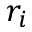
r _ { i }